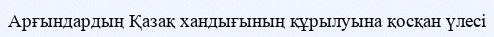
Арғындардың Қазақ хандығының құрылуына қосқан үлесі